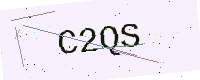
Text: C2QS